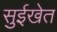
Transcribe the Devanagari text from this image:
सुईखेत